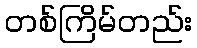
တစ်ကြိမ်တည်း